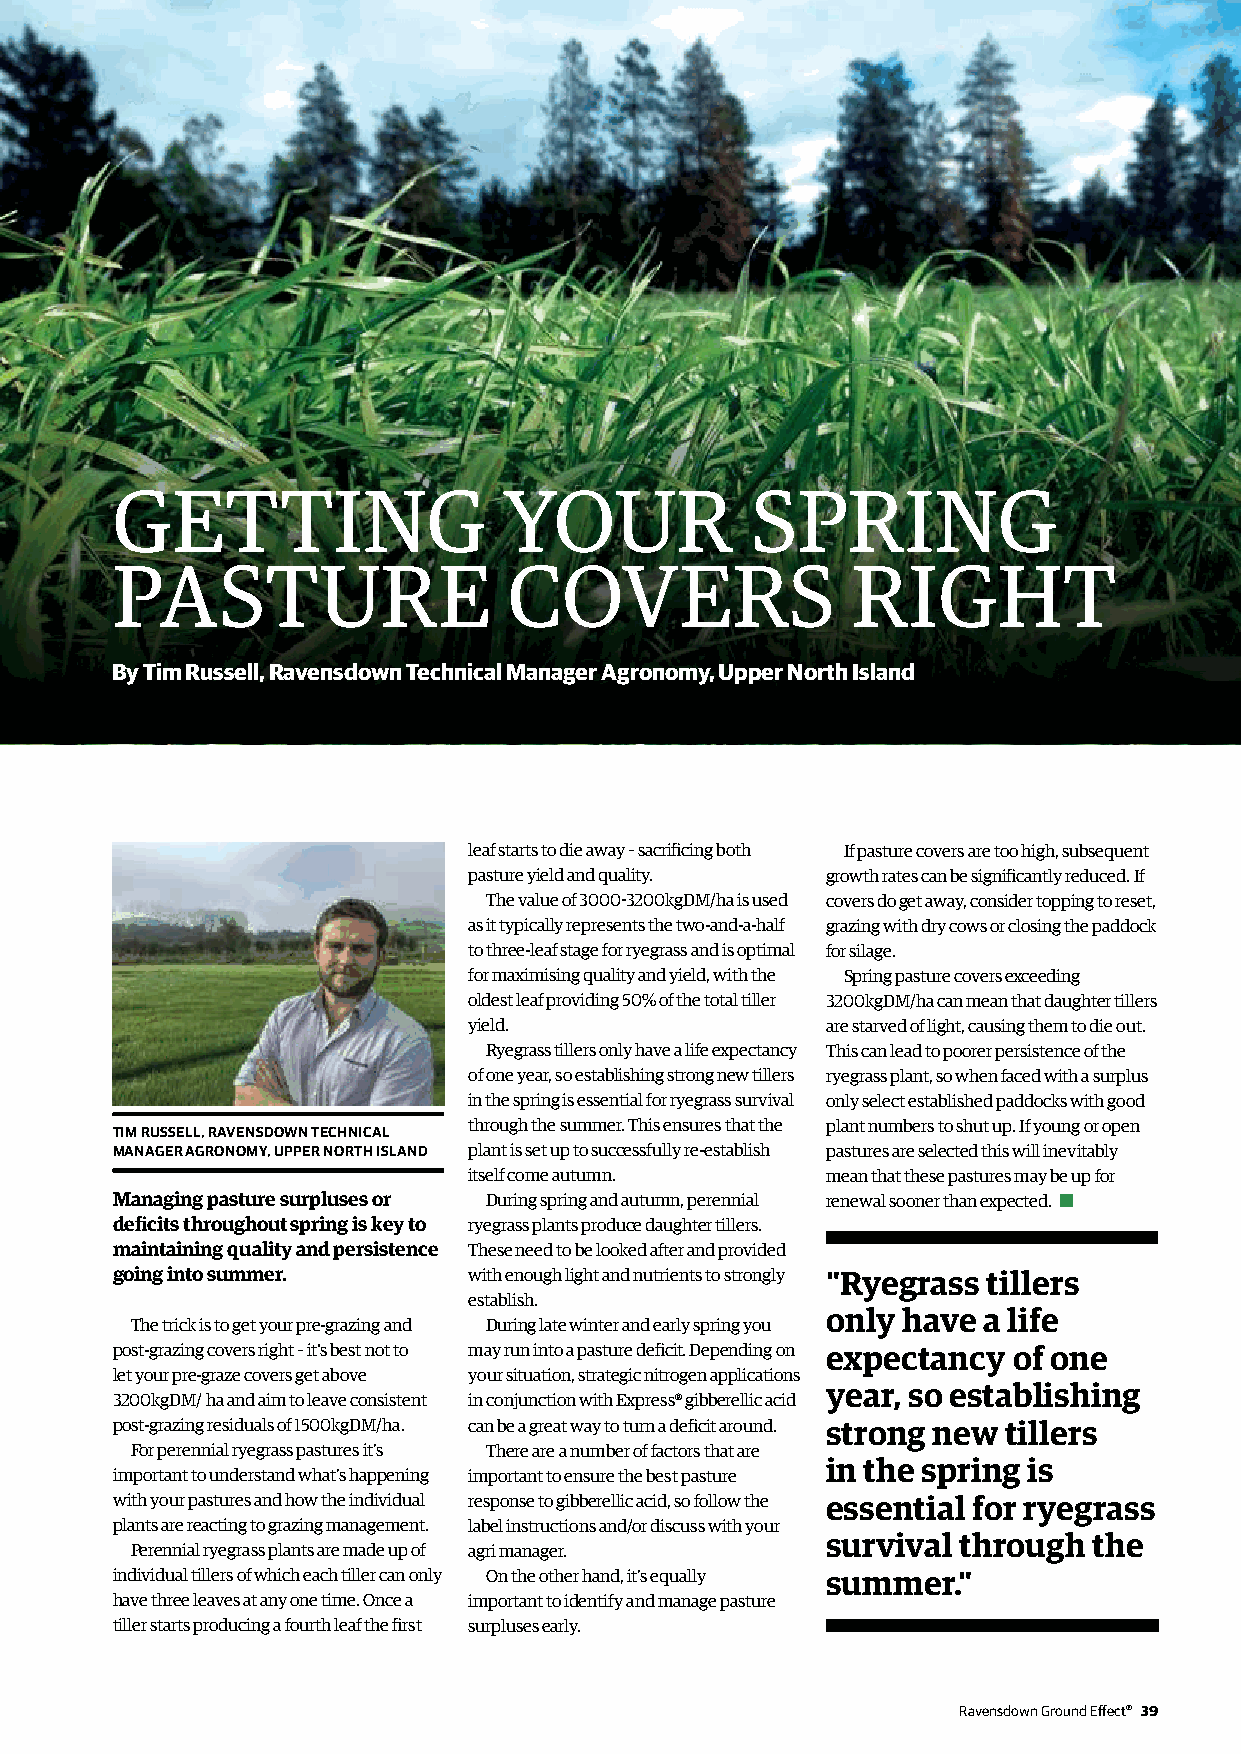
GETTING                   YOUR             SPRING
 PASTURE                    COVERS                RIGHT
 By Tim Russell, Ravensdown Technical Manager Agronomy, Upper North Island
 leaf starts to die away – sacrificing both If pasture covers are too high, subsequent
 pasture yield and quality. growth rates can be significantly reduced. If
 The value of 3000-3200kgDM/ha is used covers do get away, consider topping to reset,
 as it typically represents the two-and-a-half grazing with dry cows or closing the paddock
 to three-leaf stage for ryegrass and is optimal for silage.
 for maximising quality and yield, with the Spring pasture covers exceeding
 oldest leaf providing 50% of the total tiller 3200kgDM/ha can mean that daughter tillers
 yield.                  are starved of light, causing them to die out.
 Ryegrass tillers only have a life expectancy This can lead to poorer persistence of the
 of one year, so establishing strong new tillers ryegrass plant, so when faced with a surplus
 in the spring is essential for ryegrass survival only select established paddocks with good
 through the summer. This ensures that the plant numbers to shut up. If young or open
 TIM RUSSELL, RAVENSDOWN TECHNICAL
 MANAGER AGRONOMY, UPPER NORTH ISLAND plant is set up to successfully re-establish pastures are selected this will inevitably
 itself come autumn.     mean that these pastures may be up for
 Managing pasture surpluses or During spring and autumn, perennial renewal sooner than expected.
 deficits throughout spring is key to ryegrass plants produce daughter tillers.
 maintaining quality and persistence These need to be looked after and provided
 going into summer.      with enough light and nutrients to strongly "Ryegrass tillers
 establish.
 only have a life
 The trick is to get your pre-grazing and During late winter and early spring you
 post-grazing covers right – it's best not to may run into a pasture deficit. Depending on expectancy of one
 let your pre-graze covers get above your situation, strategic nitrogen applications
 year, so establishing
 3200kgDM/ ha and aim to leave consistent in conjunction with Express® gibberellic acid
 post-grazing residuals of 1500kgDM/ha. can be a great way to turn a deficit around. strong new tillers
 For perennial ryegrass pastures it’s There are a number of factors that are
 in the spring is
 important to understand what’s happening important to ensure the best pasture
 with your pastures and how the individual response to gibberellic acid, so follow the essential for ryegrass
 plants are reacting to grazing management. label instructions and/or discuss with your
 survival through the
 Perennial ryegrass plants are made up of agri manager.
 individual tillers of which each tiller can only On the other hand, it’s equally summer."
 have three leaves at any one time. Once a important to identify and manage pasture
 tiller starts producing a fourth leaf the first surpluses early.
 Ravensdown Ground Effect® 39